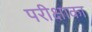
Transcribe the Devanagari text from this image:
परीक्षाका